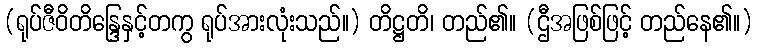
(ရုပ်ဇီဝိတိန္ဒြေနှင့်တကွ ရုပ်အားလုံးသည်။) တိဋ္ဌတိ၊ တည်၏။ (ဌီအဖြစ်ဖြင့် တည်နေ၏။)